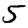
Digit: 5